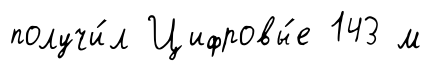
получи́л Цифровы́е 143 м